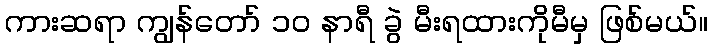
ကားဆရာ ကျွန်တော် ၁၀ နာရီ ခွဲ မီးရထားကိုမီမှ ဖြစ်မယ်။